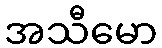
အသီမော